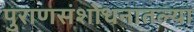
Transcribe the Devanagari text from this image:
पुराणसंशोधनातल्या